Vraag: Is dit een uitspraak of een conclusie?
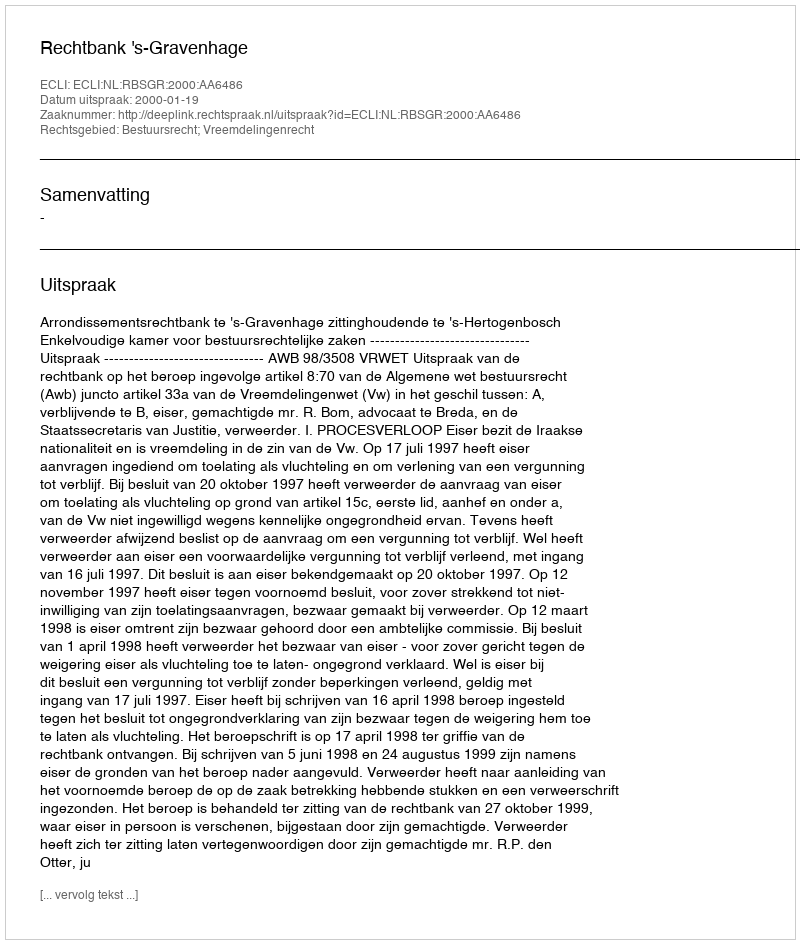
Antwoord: Uitspraak